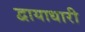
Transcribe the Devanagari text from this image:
द्वायाधारी